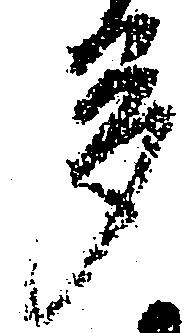
多